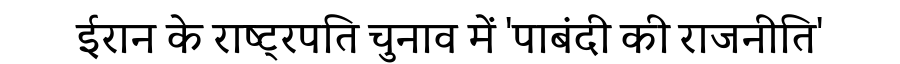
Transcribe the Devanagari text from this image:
ईरान के राष्ट्रपति चुनाव में 'पाबंदी की राजनीति'